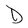
Character: D